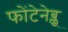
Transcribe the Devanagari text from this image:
फोंटेनेब्लू